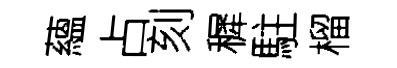
蘊占刻穉駐榴